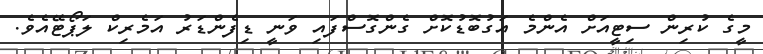
މީގެ ކުރިން ސިޓީއަށް އެންމެ އަގުބޮޑުކޮށް ގެންގޮސްފައި ވަނީ ޑިފެންޑަރު އަމެރިކް ލަޕޯޓޭއެވެ.